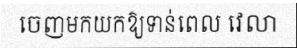
ចេញមកយកឱ្យទាន់ពេល វេលា